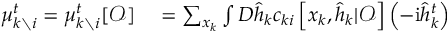
\begin{array} { r l } { \mu _ { k \setminus i } ^ { t } = \mu _ { k \setminus i } ^ { t } [ \boldsymbol { \mathcal { O } } ] } & { { } = \sum _ { \boldsymbol { x } _ { k } } \int D \hat { \boldsymbol { h } } _ { k } c _ { k i } \left[ \boldsymbol { x } _ { k } , \hat { \boldsymbol { h } } _ { k } | \boldsymbol { \mathcal { O } } \right] \left( - \mathrm { i } \hat { h } _ { k } ^ { t } \right) } \end{array}